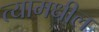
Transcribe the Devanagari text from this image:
त्‍यामधील